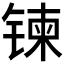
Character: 𫔀